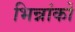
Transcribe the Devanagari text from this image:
भिन्नांकों